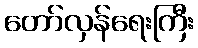
တော်လှန်ရေးကြီး